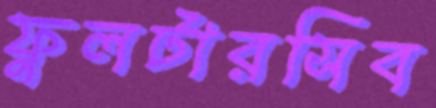
ফুলটারসিব